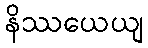
နိဿယေယျ